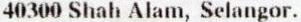
40300 SHAH ALAM, SELANGOR.